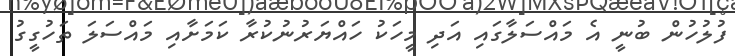
ފުލުހުން ބުނީ އެ މައްސަލާގައި އަދި މީހަކު ހައްޔަރުނުކުރާ ކަމަށާއި މައްސަލަ ތަހުގީގު